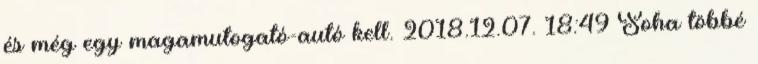
és még egy magamutogató-autó kell. 2018.12.07. 18:49 Soha többé